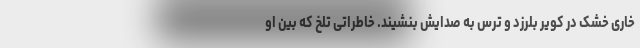
خاری خشک در کویر بلرزد و ترس به صدایش بنشیند. خاطراتی تلخ که بین او